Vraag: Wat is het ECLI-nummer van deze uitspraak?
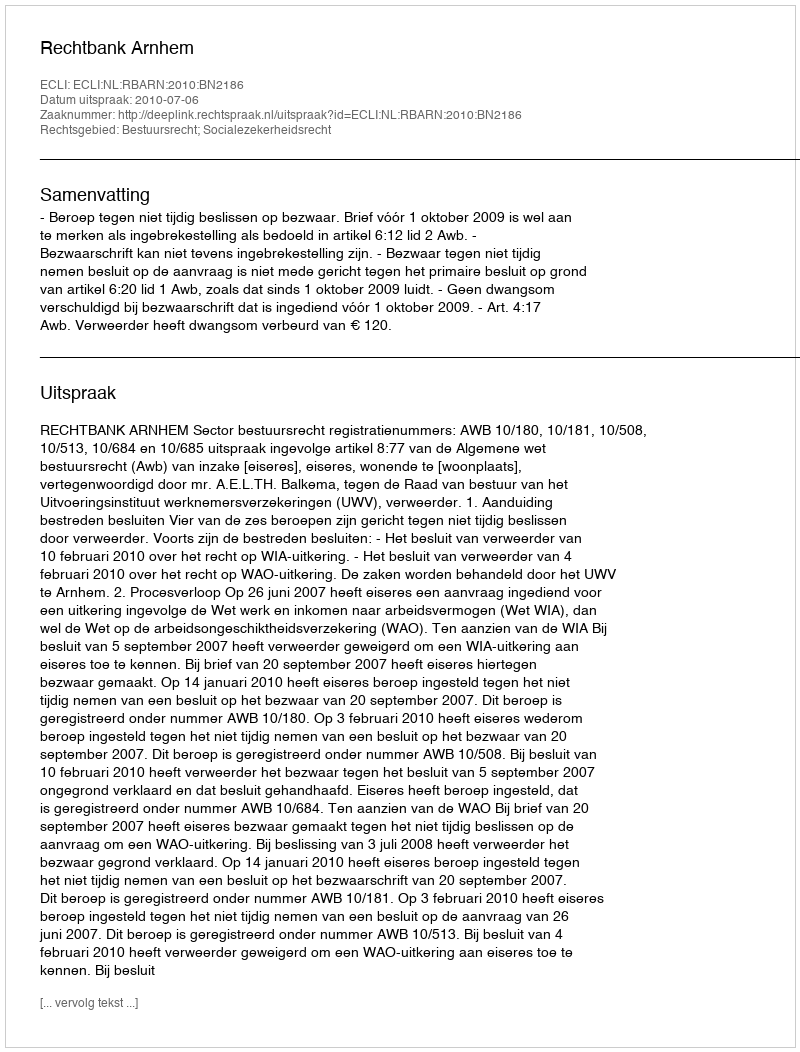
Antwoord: ECLI:NL:RBARN:2010:BN2186